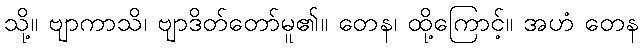
သို့။ ဗျာကာသိ၊ ဗျာဒိတ်တော်မူ၏။ တေန၊ ထို့ကြောင့်။ အဟံ တေန